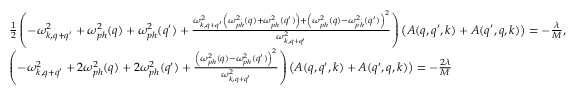
\begin{array} { r l } & { \frac { 1 } { 2 } \left( - \omega _ { k , q + q ^ { \prime } } ^ { 2 } + \omega _ { p h } ^ { 2 } ( q ) + \omega _ { p h } ^ { 2 } ( q ^ { \prime } ) + \frac { \omega _ { k , q + q ^ { \prime } } ^ { 2 } \left( \omega _ { p h } ^ { 2 } ( q ) + \omega _ { p h } ^ { 2 } ( q ^ { \prime } ) \right) + \left( \omega _ { p h } ^ { 2 } ( q ) - \omega _ { p h } ^ { 2 } ( q ^ { \prime } ) \right) ^ { 2 } } { \omega _ { k , q + q ^ { \prime } } ^ { 2 } } \right) \left( A ( q , q ^ { \prime } , k ) + A ( q ^ { \prime } , q , k ) \right) = - \frac { \lambda } { M } , } \\ & { \left( - \omega _ { k , q + q ^ { \prime } } ^ { 2 } + 2 \omega _ { p h } ^ { 2 } ( q ) + 2 \omega _ { p h } ^ { 2 } ( q ^ { \prime } ) + \frac { \left( \omega _ { p h } ^ { 2 } ( q ) - \omega _ { p h } ^ { 2 } ( q ^ { \prime } ) \right) ^ { 2 } } { \omega _ { k , q + q ^ { \prime } } ^ { 2 } } \right) \left( A ( q , q ^ { \prime } , k ) + A ( q ^ { \prime } , q , k ) \right) = - \frac { 2 \lambda } { M } } \end{array}